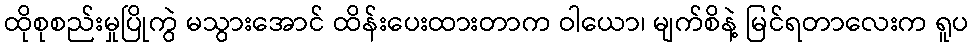
ထိုစုစည်းမှုပြိုကွဲ မသွားအောင် ထိန်းပေးထားတာက ဝါယော၊ မျက်စိနဲ့ မြင်ရတာလေးက ရူပ